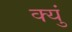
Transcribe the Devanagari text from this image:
क्युं